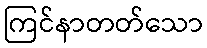
ကြင်နာတတ်သော